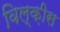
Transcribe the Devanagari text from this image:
विल्क़ीस